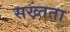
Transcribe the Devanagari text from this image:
सख्तता